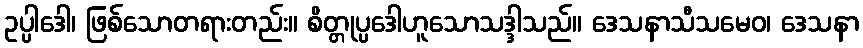
ဥပ္ပါဒေါ၊ ဖြစ်သောတရားတည်း။ စိတ္တုပ္ပဒေါဟူသောသဒ္ဒါသည်။ ဒေသနာသီသမေဝ၊ ဒေသနာ